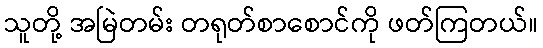
သူတို့ အမြဲတမ်း တရုတ်စာစောင်ကို ဖတ်ကြတယ်။